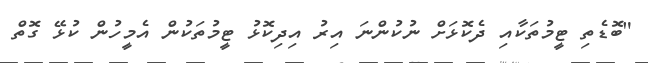
"ބޮޑެތި ޓީމުތަކާއި ދެކޮޅަށް ނުކުންނަ އިރު އިދިކޮޅު ޓީމުތަކުން އެމީހުން ކުޅޭ ގޮތް